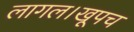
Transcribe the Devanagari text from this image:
लागल।खूपच